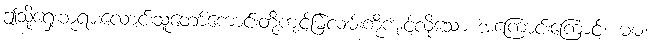
ဤသို့ရှေးဘုရားလောင်းသူတော်ကောင်းတို့ကျင့်မြဲလမ်းကိုကျင့်လိုသော အကြောင်းကြောင့်။ မမ၊